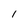
Character: I